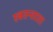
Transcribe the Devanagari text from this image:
स्वतन्तरता